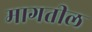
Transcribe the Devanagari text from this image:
मागतील